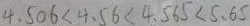
4 . 5 0 6 < 4 . 5 6 < 4 . 5 6 5 < 5 . 6 5